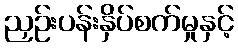
ညှဉ်းပန်းနှိပ်စက်မှုနှင့်